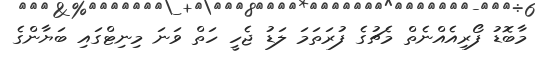
މާބޮޑު ފޯރިއެއްނެތް މެޗުގެ ފުރަތަމަ ލަޑު ޖެހީ ހަތް ވަނަ މިނިޓްގައި ބަޔާންގެ